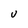
Character: U